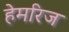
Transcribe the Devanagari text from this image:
हेमरिज